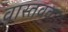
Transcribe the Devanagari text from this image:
वास्तववाद।